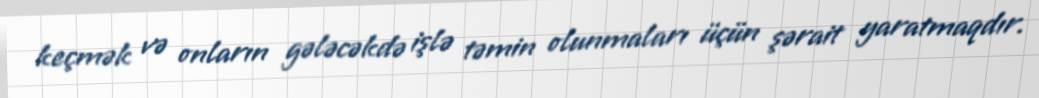
keçmək və onların gələcəkdə işlə təmin olunmaları üçün şərait yaratmaqdır.